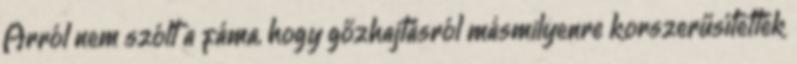
Arról nem szólt a fáma, hogy gőzhajtásról másmilyenre korszerűsítették